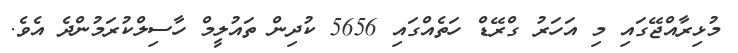
މުޅިރާއްޖޭގައި މި އަހަރު ގްރޭޑް ހަތެއްގައި 5656 ކުދިން ތައުލީމް ހާސިލްކުރަމުންދެ އެވެ.